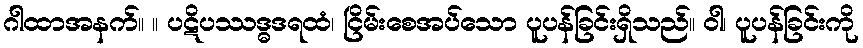
ဂါထာအနက်။ ။ ပဋိပဿဒ္ဓဒရထံ၊ ငြိမ်းစေအပ်သော ပူပန်ခြင်းရှိသည်။ ဝါ၊ ပူပန်ခြင်းကို